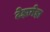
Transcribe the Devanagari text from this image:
टेड़ामेड़ा